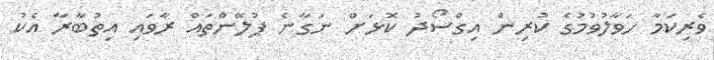
ވެރިކަމާ ހަވާލުވުމުގެ ކުރިން އިގްސޯދު ކޮޅަށް ނަގާނެ ޕުލޭންތައް ރާވައި އިތުބާރާ އެކު